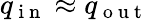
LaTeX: q_{\mathrm{~i~n~}}\approx q_{\mathrm{~o~u~t~}}